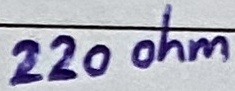
Text: 220 ohm